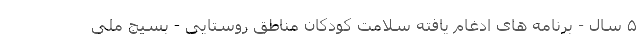
۵ سال - برنامه های ادغام یافته سلامت کودکان مناطق روستایی - بسیج ملی